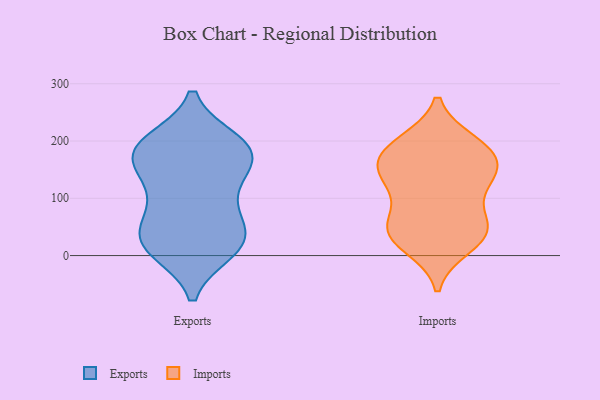
{"axis": {"x": "Churn Rate (%)", "y": "Value"}, "legend": ["Exports", "Imports"], "data": [{"x": "", "y": 116, "type": "Exports"}, {"x": "", "y": 27, "type": "Exports"}, {"x": "", "y": 191, "type": "Exports"}, {"x": "", "y": 198, "type": "Exports"}, {"x": "", "y": 94, "type": "Exports"}, {"x": "", "y": 192, "type": "Exports"}, {"x": "", "y": 169, "type": "Exports"}, {"x": "", "y": 19, "type": "Exports"}, {"x": "", "y": 181, "type": "Exports"}, {"x": "", "y": 29, "type": "Exports"}, {"x": "", "y": 14, "type": "Exports"}, {"x": "", "y": 44, "type": "Exports"}, {"x": "", "y": 10, "type": "Exports"}, {"x": "", "y": 167, "type": "Exports"}, {"x": "", "y": 183, "type": "Exports"}, {"x": "", "y": 66, "type": "Exports"}, {"x": "", "y": 137, "type": "Exports"}, {"x": "", "y": 47, "type": "Imports"}, {"x": "", "y": 52, "type": "Imports"}, {"x": "", "y": 51, "type": "Imports"}, {"x": "", "y": 127, "type": "Imports"}, {"x": "", "y": 196, "type": "Imports"}, {"x": "", "y": 17, "type": "Imports"}, {"x": "", "y": 132, "type": "Imports"}, {"x": "", "y": 189, "type": "Imports"}, {"x": "", "y": 166, "type": "Imports"}, {"x": "", "y": 147, "type": "Imports"}, {"x": "", "y": 170, "type": "Imports"}, {"x": "", "y": 120, "type": "Imports"}, {"x": "", "y": 49, "type": "Imports"}, {"x": "", "y": 29, "type": "Imports"}, {"x": "", "y": 187, "type": "Imports"}]}